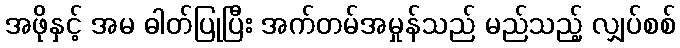
အဖိုနှင့် အမ ဓါတ်ပြုပြီး အက်တမ်အမှုန်သည် မည်သည့် လျှပ်စစ်